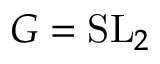
G = \mathrm { { S L } } _ { 2 }